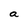
Character: a